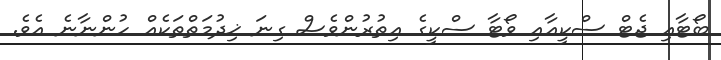
ބޯޓާއި ޖެޓް ސްކީއާއި ވޯޓާ ސްކީގެ އިތުރުންވެސް ގިނަ ޚިދުމަތްތަކެއް ހުންނާނެ އެވެ.